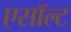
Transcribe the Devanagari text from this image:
एसॉल्ट